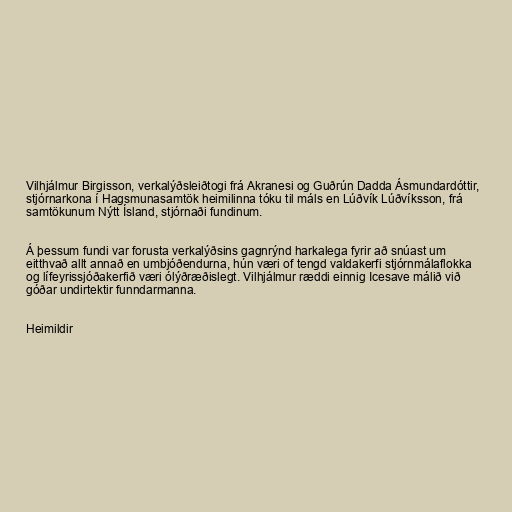
Vilhjálmur Birgisson, verkalýðsleiðtogi frá Akranesi og Guðrún Dadda Ásmundardóttir,
stjórnarkona í Hagsmunasamtök heimilinna tóku til máls en Lúðvík Lúðvíksson, frá
samtökunum Nýtt Ísland, stjórnaði fundinum.

Á þessum fundi var forusta verkalýðsins gagnrýnd harkalega fyrir að snúast um
eitthvað allt annað en umbjóðendurna, hún væri of tengd valdakerfi stjórnmálaflokka
og lífeyrissjóðakerfið væri ólýðræðislegt. Vilhjálmur ræddi einnig Icesave málið við
góðar undirtektir funndarmanna.

Heimildir